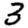
Digit: 3